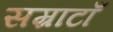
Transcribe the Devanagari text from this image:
सम्राटाँ